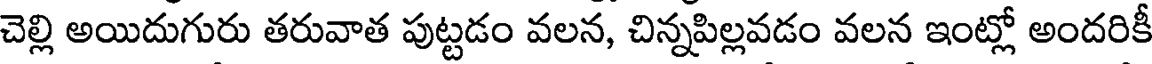
చెల్లి అయిదుగురు తరువాత పుట్టడం వలన, చిన్నపిల్లవడం వలన ఇంట్లో అందరికీ